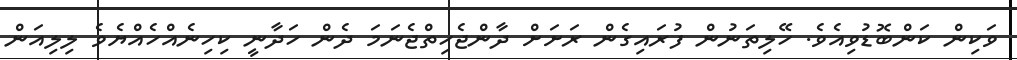
ވަކިން ކަންބޮޑުވިއެވެ. ހޭލިތަނުން ފުރައިގެން ރަށަށް ދާންޖެހިތްޖެނަމަ ދެން ހަދާނީ ކިހިނެއްހެއްޔެވެ ލިލިއަން